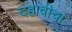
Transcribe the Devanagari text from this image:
दहावीचा